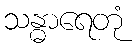
သန္ဓာရေတုံ